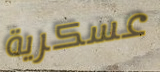
عسكرية